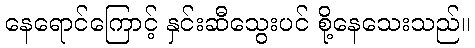
နေရောင်ကြောင့် နှင်းဆီသွေးပင် စို့နေသေးသည်။